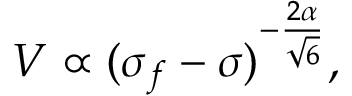
{ V \propto ( \sigma _ { f } - \sigma ) ^ { - \frac { 2 \alpha } { \sqrt { 6 } } } , }